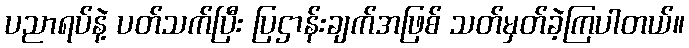
ပညာရပ်နဲ့ ပတ်သက်ပြီး ပြဌာန်းချက်အဖြစ် သတ်မှတ်ခဲ့ကြပါတယ်။